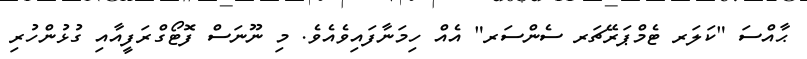
ޙާއްސަ "ކަލަރ ޓެމްޕަރޭޗަރ ސެންސަރ" އެއް ހިމަނާފައިވެއެވެ. މި ނޫނަސް ފޮޓޯގްރަފީއާއި ގުޅުންހުރި